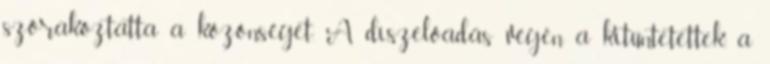
szórakoztatta a közönséget. A díszelőadás végén a kitüntetettek, a